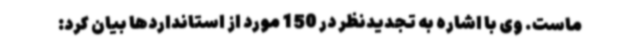
ماست. وی با اشاره به تجدیدنظر در 150 مورد از استانداردها بیان کرد: